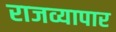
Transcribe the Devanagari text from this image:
राजव्यापार